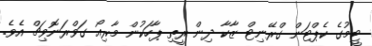
ޓީމުގެ ކެޕްޓަން ގްރޭނިޓް ޒާކާ ދިން ރީތި ޕާހަކުން މާރިއޯ ގަވްރަނޮވިޗް އެވެ.